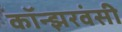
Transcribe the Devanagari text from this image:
कॉन्झरवंसी